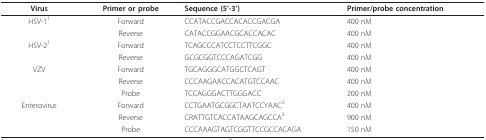
| Virus | Primer or probe | Sequence (5'-3') | Primer/probe concentration |
 | --- | --- | --- | --- |
 | HSV-11 | Forward | CCATACCGACCACACCGACGA | 400 nM |
 |  | Reverse | CATACCGGAACGCACCACAC | 400 nM |
 | HSV-21 | Forward | TCAGCCCATCCTCCTTCGGC | 400 nM |
 |  | Reverse | GCGCGGTCCCAGATCGG | 400 nM |
 | VZV | Forward | TGCAGGGCATGGCTCAGT | 400 nM |
 |  | Reverse | CCCAAGAACCACATGTCCAAC | 400 nM |
 |  | Probe | TCCAGGGACTTGGGACC | 200 nM |
 | Enterovirus | Forward | CCTGAATGCGGCTAATCCYAAC2 | 400 nM |
 |  | Reverse | CRATTGTCACCATAAGCAGCCA3 | 900 nM |
 |  | Probe | CCCAAAGTAGTCGGTTCCGCCACAGA | 150 nM |